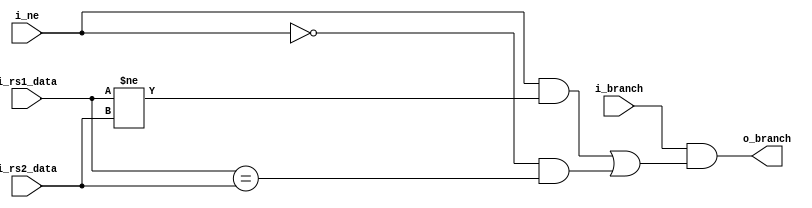
module beq_detector #(
    parameter DATA_W = 64
)(
    input                   i_branch,
    input                   i_ne,       // if it is bne or beq
    input  [DATA_W-1:0]     i_rs1_data,
    input  [DATA_W-1:0]     i_rs2_data,
    output                  o_branch
);

    assign o_branch = (i_branch && ((i_ne && i_rs1_data != i_rs2_data) || (~i_ne && i_rs1_data == i_rs2_data)));
endmodule